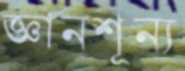
জ্ঞানশূন্য